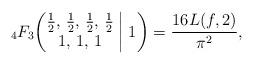
LaTeX: \begin{align*}{}_4F_3\biggl(\begin{matrix} \frac12, \, \frac12, \, \frac12, \, \frac12 \\ 1, \, 1, \, 1 \end{matrix}\biggm|1\biggr)=\frac{16L(f,2)}{\pi^2},\end{align*}